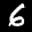
Label: 6